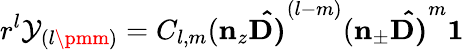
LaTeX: r^{l}\mathcal{Y}_{(l\pmm)}=C_{l,m}(\mathbf{{n}}_{z}\mathbf{{\hat{{D)}}}}^{(l-m)}(\mathbf{{n}}_{\pm}\mathbf{{\hat{{D)}}}}^{m}\mathbf{{1}}